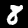
Label: 8